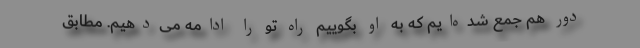
دور هم جمع شده‌ایم که به او بگوییم راه تو را ادامه می‌دهیم. مطابق